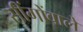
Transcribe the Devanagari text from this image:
सींगोंवाले